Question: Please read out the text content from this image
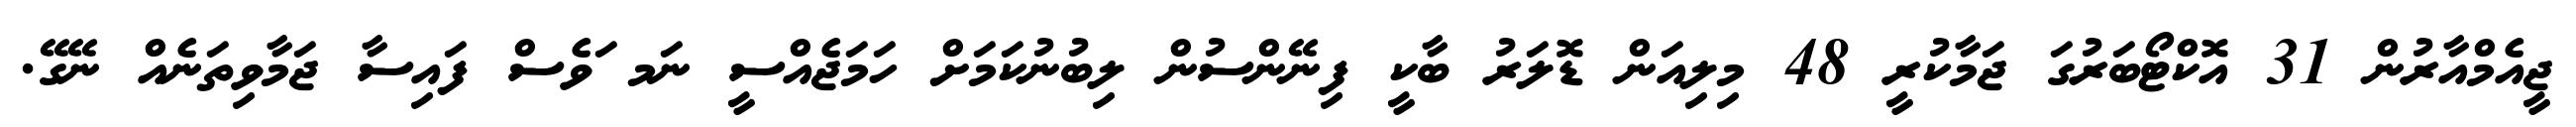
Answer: ޖީއެމްއާރުން 31 އޮކްޓޯބަރުގަ ޖަމާކުރީ 48 މިލިއަން ޑޮލަރު ބާކީ ފިނޭންސުން ލިބުނުކަމަށް ހަމަޖެއްސީ ނަމ ަވެސް ފައިސާ ޖަމާވިތަނެއް ނޭގޭ.